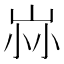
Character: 𡶿